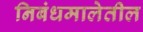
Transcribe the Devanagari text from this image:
निबंधमालेतील